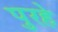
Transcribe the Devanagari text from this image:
पुरहे